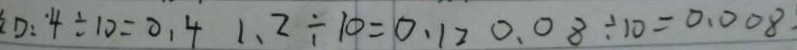
0 : 4 \div 1 0 = 0 . 4 1 . 2 \div 1 0 = 0 . 1 2 0 . 0 8 \div 1 0 = 0 . 0 0 8 .